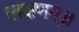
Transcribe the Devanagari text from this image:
लक्षणम्‌॥